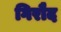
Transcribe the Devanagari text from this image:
गिरौद